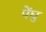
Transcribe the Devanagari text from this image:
पेंघु